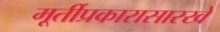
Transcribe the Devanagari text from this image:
मूर्तीप्रकारासारखे